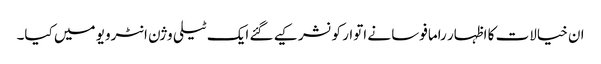
ان خیالات کا اظہار رامافوسا نے اتوار کو نشر کیے گئے ایک ٹیلی وژن انٹرویو میں کیا۔